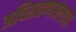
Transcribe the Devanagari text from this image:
अधिग्रहणसलाह